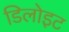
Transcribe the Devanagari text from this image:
डिलोइट